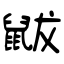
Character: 鼥